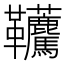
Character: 𩎐